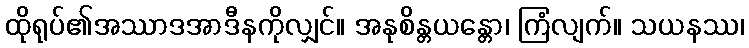
ထိုရုပ်၏အဿာဒအာဒီနကိုလျှင်။ အနုစိန္တယန္တော၊ ကြံလျက်။ သယနဿ၊